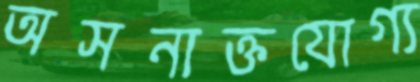
অসনাক্তযোগ্য